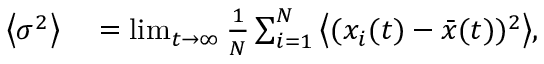
\begin{array} { r l } { \left\langle \sigma ^ { 2 } \right\rangle } & { { } = \operatorname* { l i m } _ { t \rightarrow \infty } \frac { 1 } { N } \sum _ { i = 1 } ^ { N } { \left\langle ( x _ { i } ( t ) - \bar { x } ( t ) ) ^ { 2 } \right\rangle } , } \end{array}